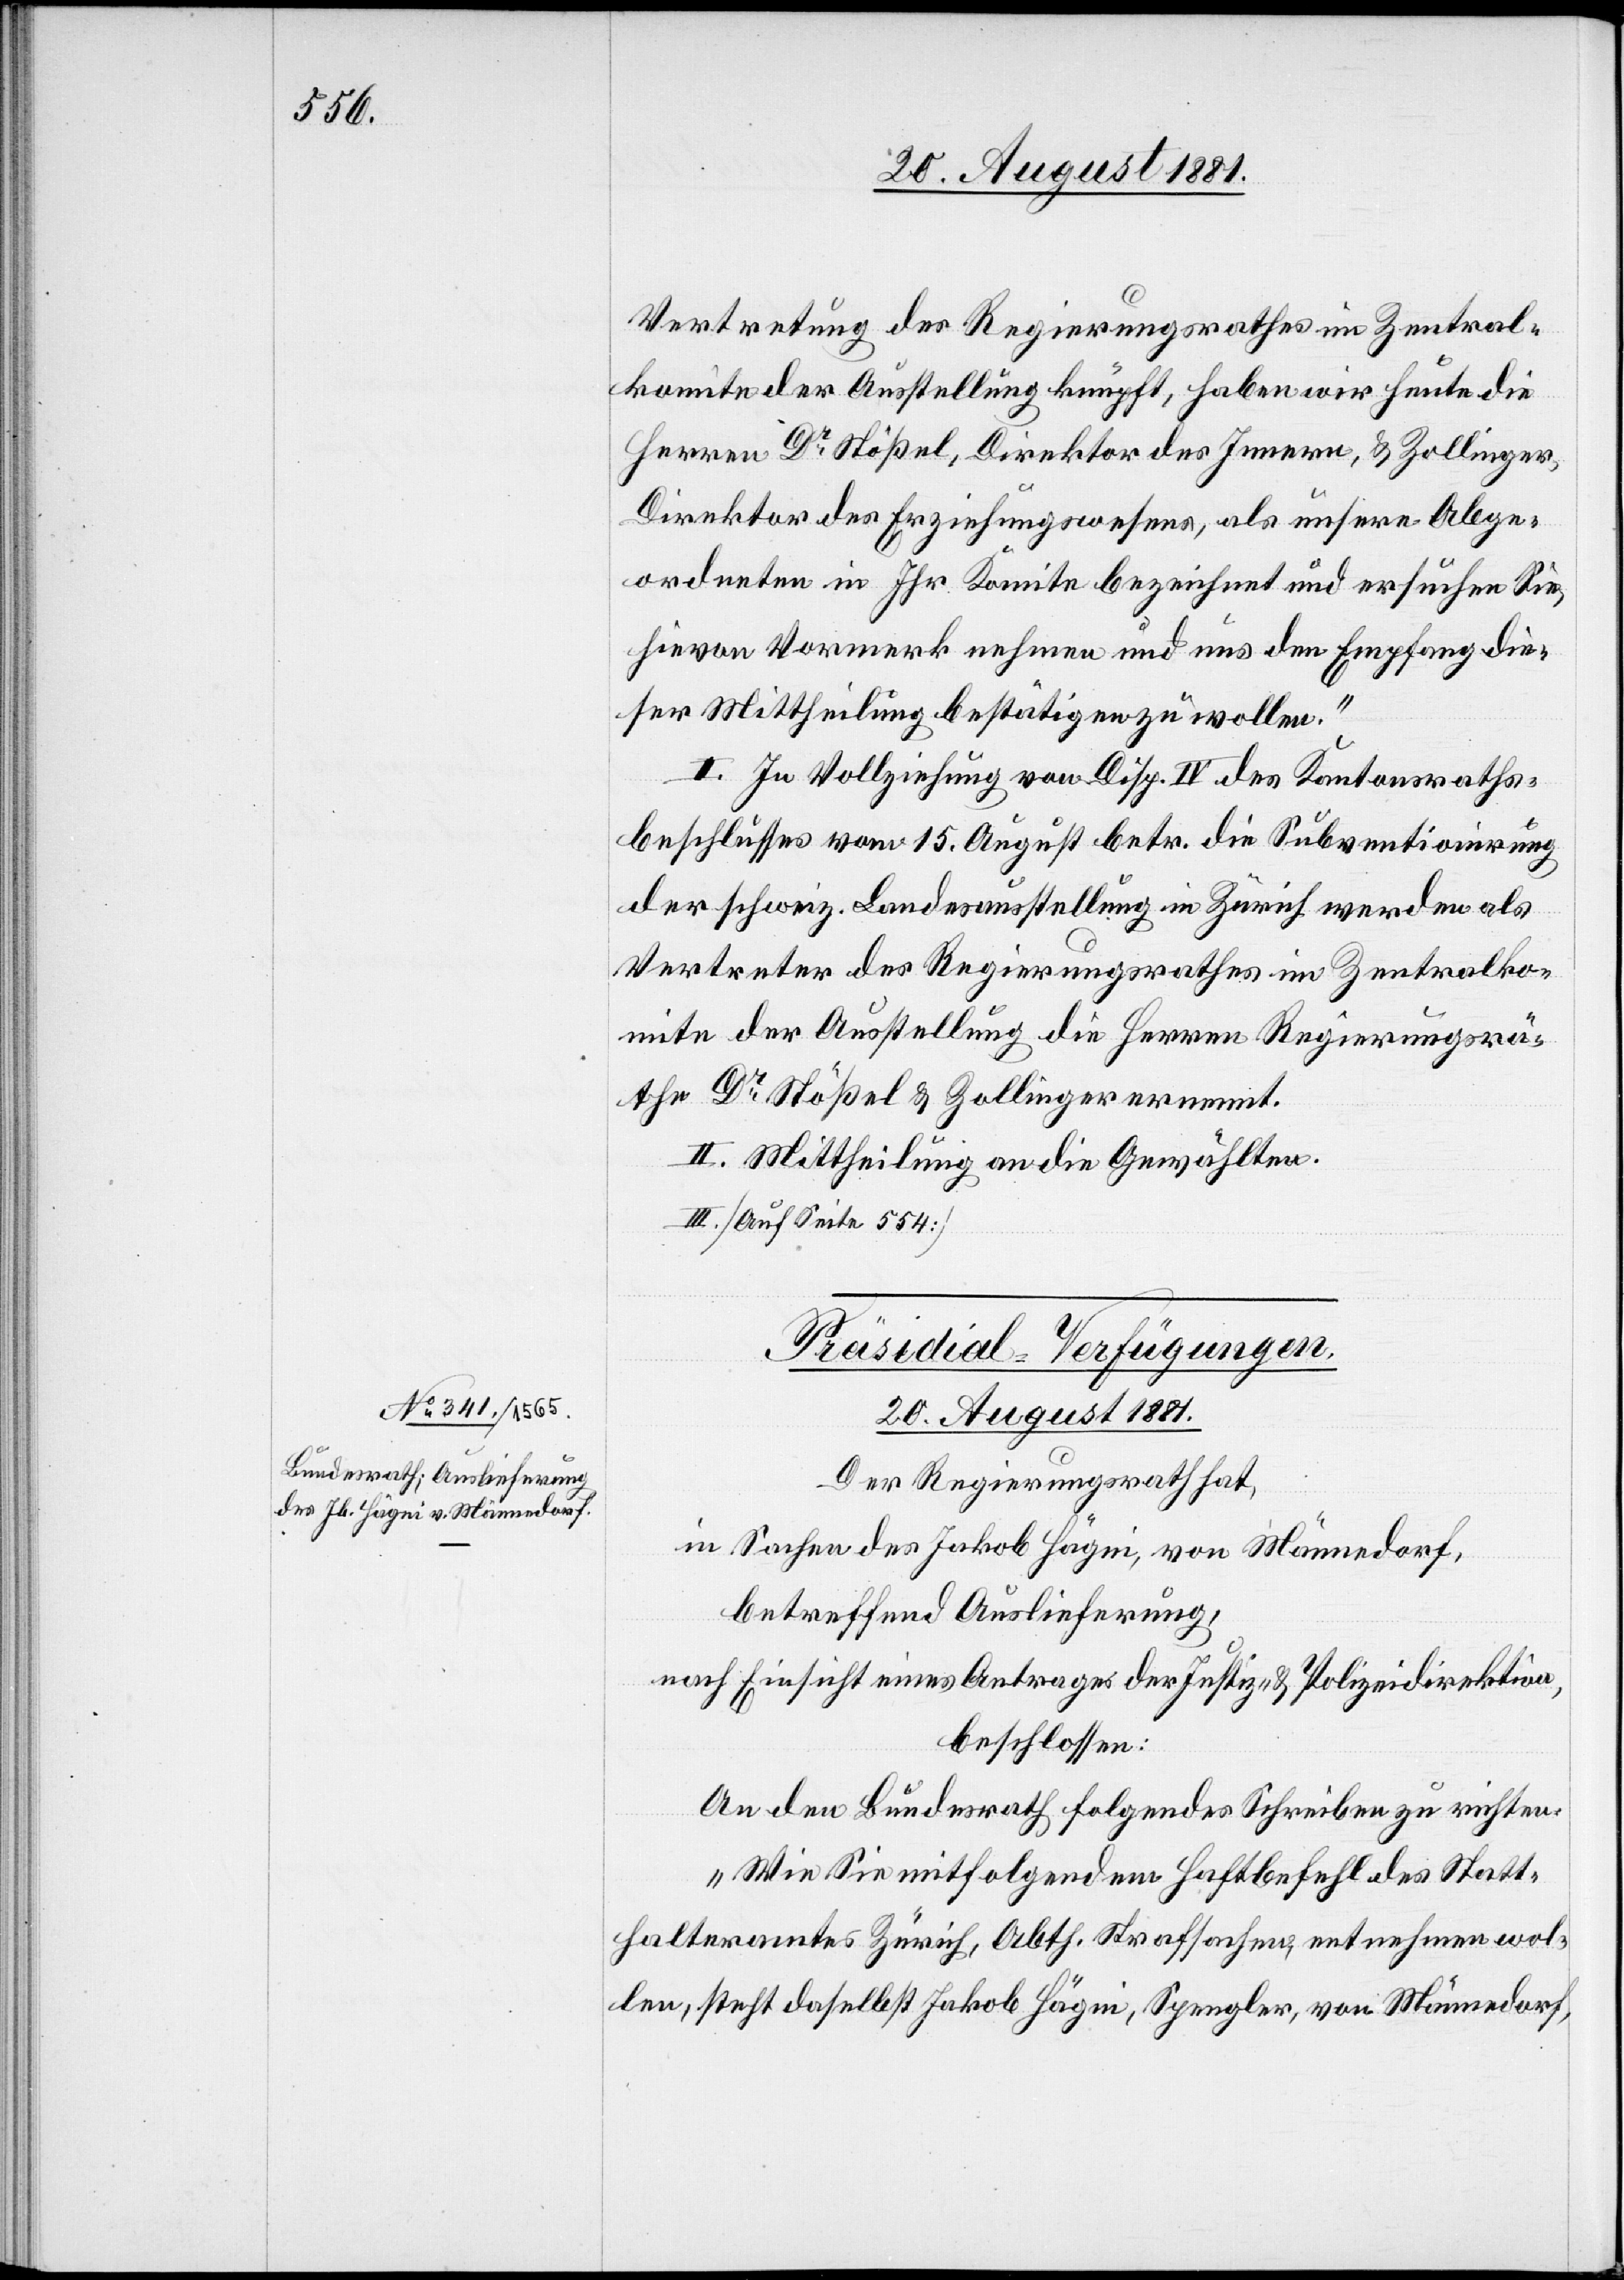
Vertretung des Regierungsrathes im Zentral¬
komite der Ausstellung knüpft, haben wir heute die
Herren Dr Stößel, Direktor des Innern, & Zollinger,
Direktor des Erziehungswesens, als unsere Abge¬
ordneten in Ihr Komitee bezeichnet und ersuchen Sie,
hievon Vormerk nehmen und uns den Empfang die¬
ser Mittheilung bestätigen zu wollen.“
I. In Vollziehung von Disp. IV des Kantonsraths¬
beschlusses vom 15. April betr. die Subventionirung
der schweiz. Landesausstellung in Zürich werden als
Vertreter des Regierungsrathes im Zentralko¬
mite der Ausstellung die Herren Regierungsrä¬
the Dr Stößel & Zollinger ernennt.
II. Mittheilung an die Gewählten.
III. [Auf Seite 554]
Präsidial-Verfügungen
20. August 1881.
Der Regierungsrath hat,
in Sachen des Jakob Hägni, von Männedorf,
betreffend Auslieferung,
nach Einsicht eines Antrages der Justiz- & Polizeidirektion,
beschlossen:
An den Bundesrath folgendes Schreiben zu richten:
„Wie Sie mitfolgendem Haftbefehl des Statt¬
halteramtes Zürich, Abth. Strafsachen, entnehmen wol¬
len, steht daselbst Jakob Hägni, Spengler, von Männedorf,